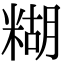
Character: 糊